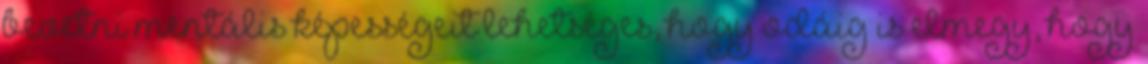
bevetni mentális képességeit lehetséges, hogy odáig is elmegy, hogy